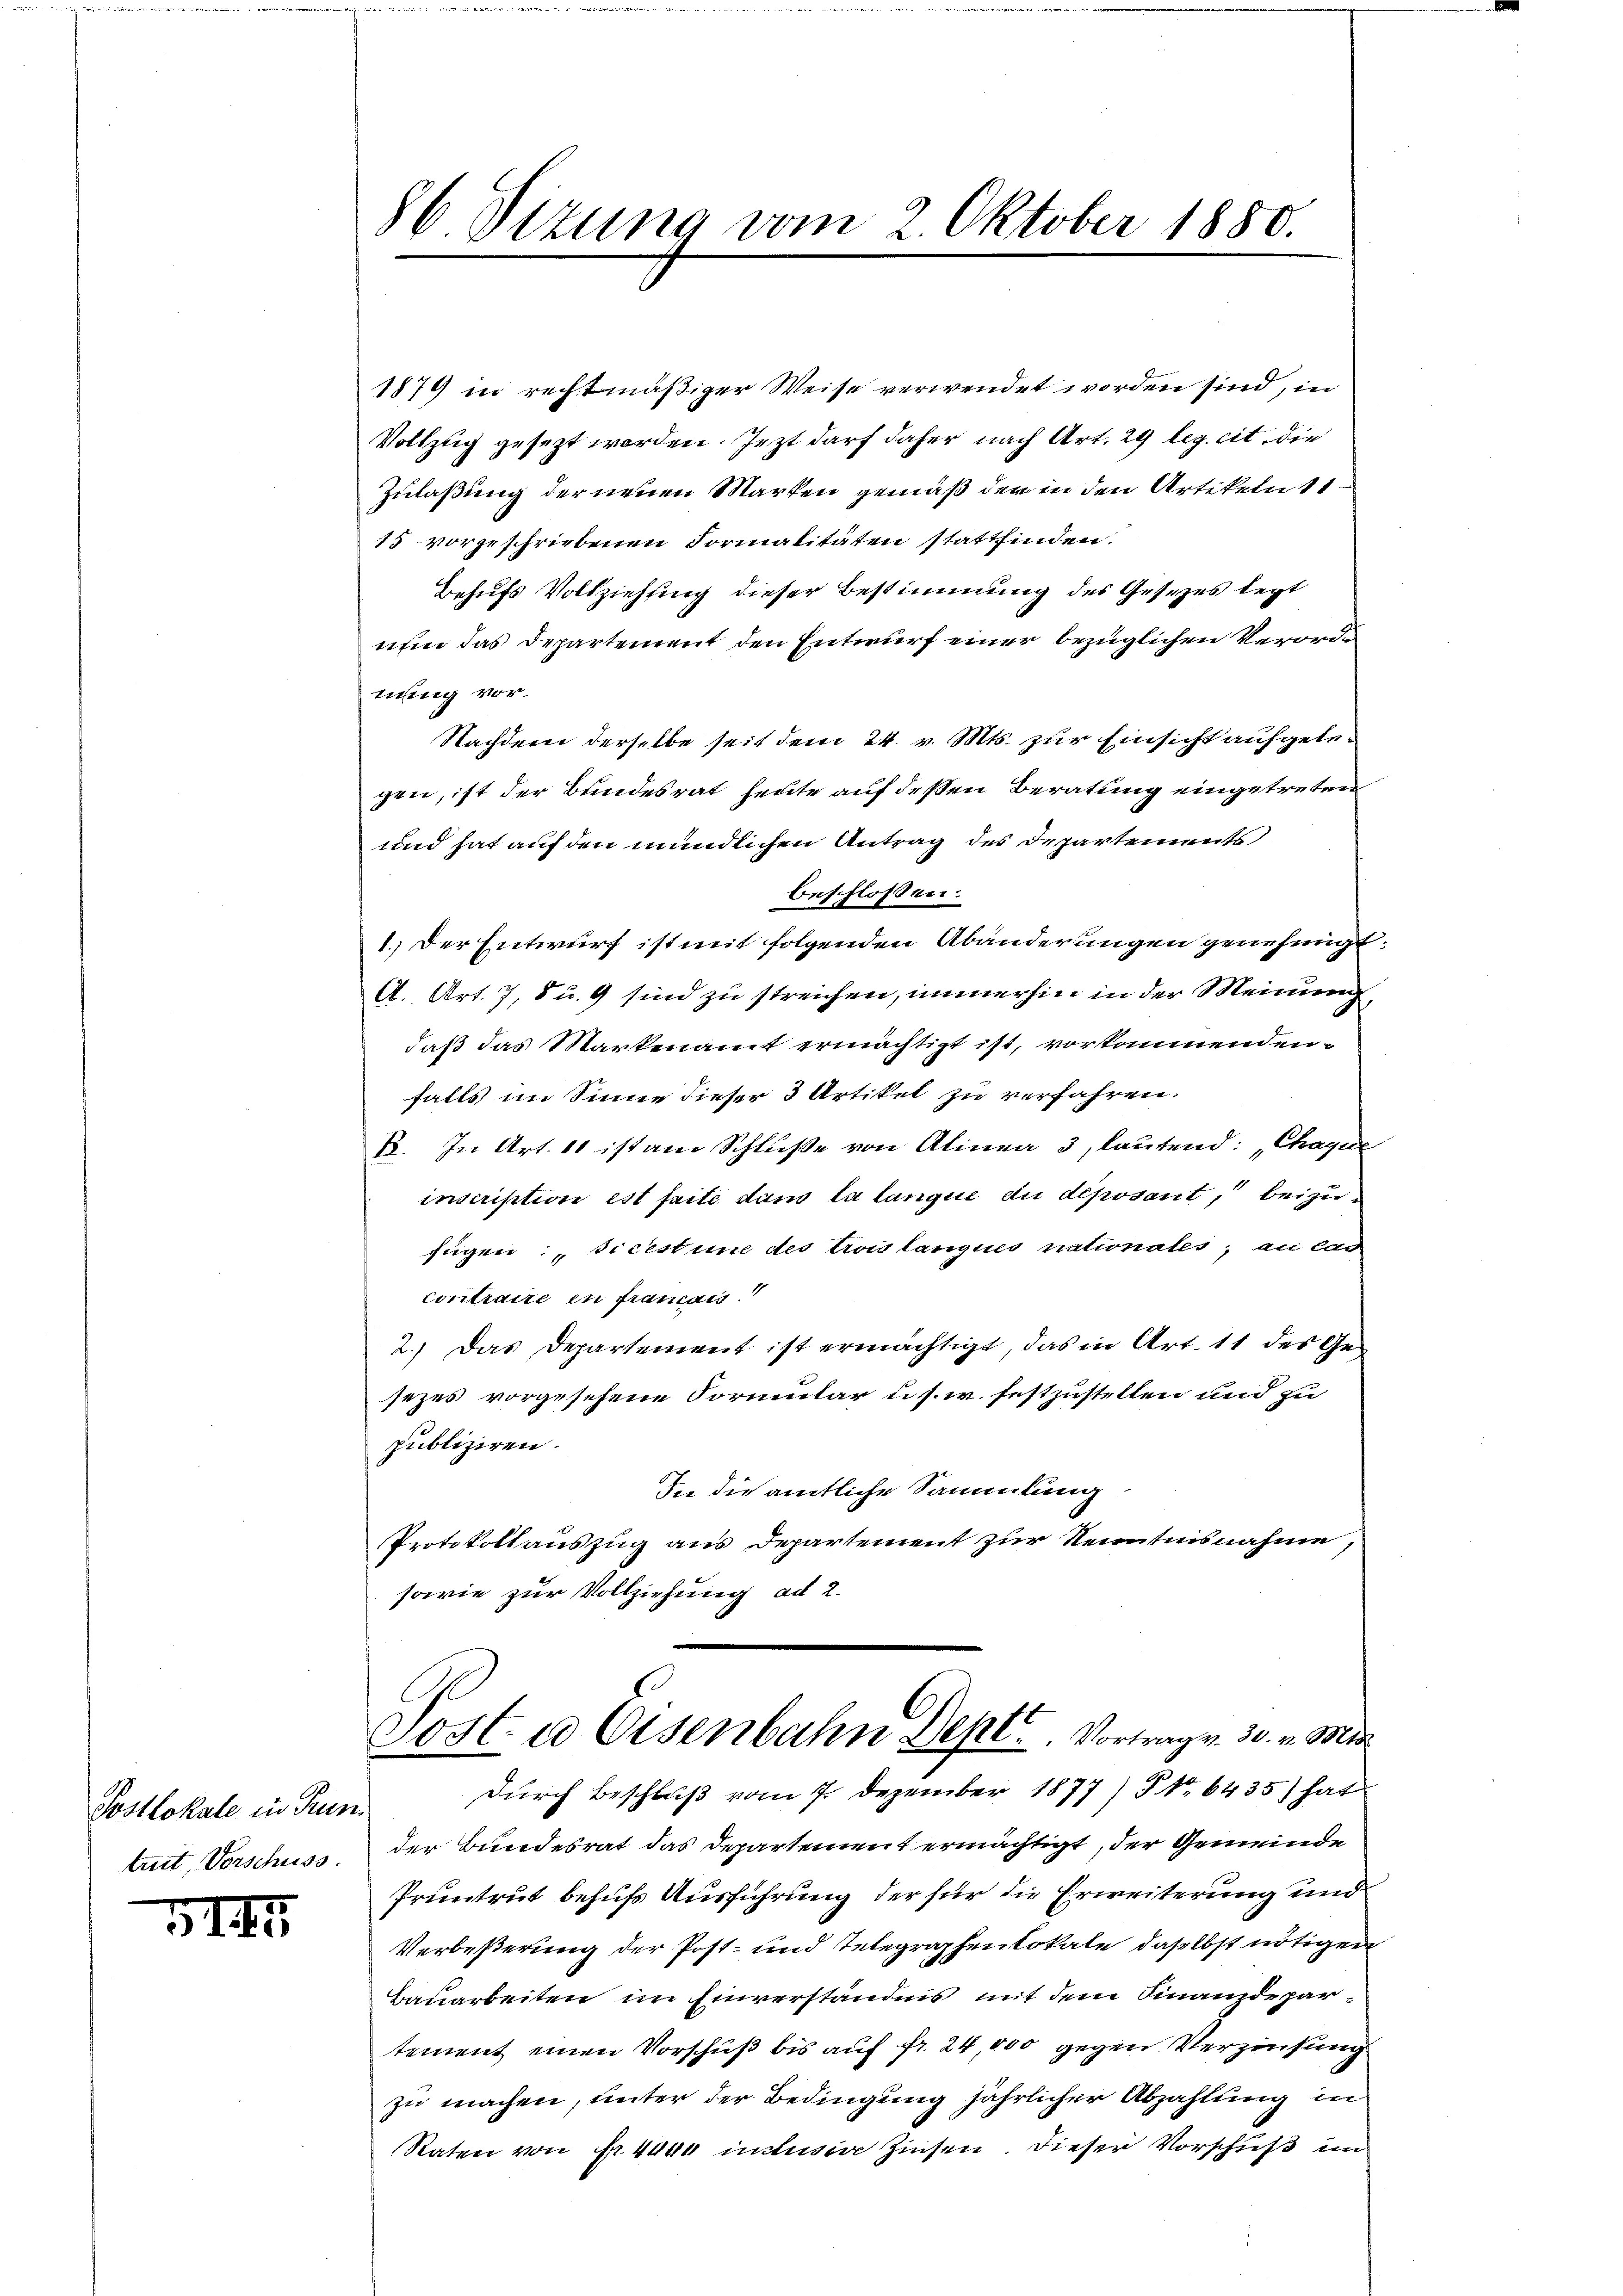
Postlokale in Prun
truit, Vorschuss

VIII

86. Sizung vom 2. Oktober 1880.

1879 in rechtmäßiger Weise verwendet worden sind, in
Vollzug gesezt worden. Jezt darf daher nach Art. 29 leg. cit. die
Zulaßung der neuen Marken gemäß der in den Artikeln 11
15 vorgeschriebenen Formalitäten stattfinden.
Behufs Vollziehung dieser Bestimmung des Gesezes legt
nun das Departement den Entwurf einer bezüglichen Verorde
nung vor.
Nachdem derselbe seit dem 24. v. Mts. zur Einsicht aufgelegen, ist der Bundesrat heute auf dessen Beratung eingetreten
und hat auf den mündlichen Antrag des Departements
beschlossen:
1.) Der Entwurf ist mit folgenden Abänderungen genehmigt
A. Art. 7, 8 u. 9 sind zu streichen, immerhin in der Meinung
daß das Markenamt ermächtigt ist, vorkommenden
falls im Sinne dieser 3 Artikel zu verfahren.
B. In Art. 10 ist an Schluße von Alinea 3, lautend: „Chaque
inscription est faite dans la langue du déposant, beizufügen: dicestune des trois langues nationales, en cas
contraire en francais.
2.) Das Departement ist ermächtigt, das in Art. 11 des Gesezes vorgesehene Formular u. s. w. festzustellen und zu
publiziren.
In die amtliche Sammlung.
Protokollauszug aus Departement zur Kenntnisnahme,
sowie zur Vollziehung ad 2.
Sost- u Eisenbahn Depl . . . Vortragen 30. v. Mt
durch Beschluß vom 7. Dezember 1877) § No 6435) hat
der Bundesrat das Departement ermächtigt, der Gemeinde
Pruntrut behufs Ausführung der für die Erweiterung und
Verbeßerung der Post- und Telegraphenlokale daselbst nötigen
Bauarbeiten im Einverständnis mit dem Finanzdepartement einen Vorschuß bis auf fr. 24,000 gegen Verzinsung
zu machen, unter der Bedingung jährlicher Abzahlung in
Raten von Nr. 444 inclusive Zinsen. Dieser Vorschuß im